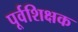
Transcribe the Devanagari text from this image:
पूर्वशिक्षक